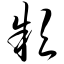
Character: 颍